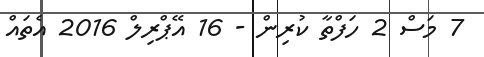
7 މަސް 2 ހަފްތާ ކުރިން - 16 އޭޕްރިލް 2016 އެތައް